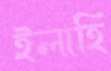
ইলাহি